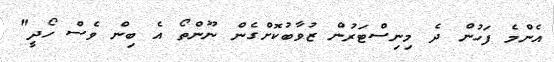
އެންމެ ފަހުން ދެ މިނިސްޓަރުން ޒުވާބުކޮށްގެން ނޫންތޯ އެ ބިން ވެސް ހޯދީ"